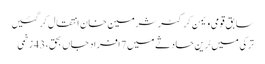
سابق قومی ویمن کرکٹرشرمین خان انتقال کرگئیں
ترکی میں ٹرین حادثے میں 7 افراد جاں بحق، 43 زخمی